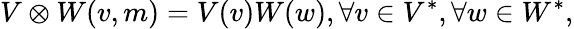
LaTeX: V\otimes W(v,m)=V(v)W(w),\forall v\in V^{*},\forall w\in W^{*},